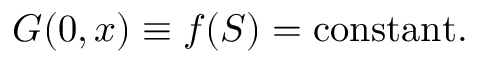
{ \cal G } ( 0 , x ) \equiv f ( { \cal S } ) = \mathrm { c o n s t a n t } .